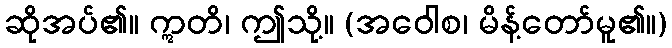
ဆိုအပ်၏။ ဣတိ၊ ဤသို့။ (အဝေါစ၊ မိန့်တော်မူ၏။)